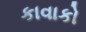
કાવાકો